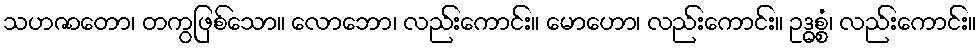
သဟဇာတော၊ တကွဖြစ်သော။ လောဘော၊ လည်းကောင်း။ မောဟော၊ လည်းကောင်း။ ဥဒ္ဓစ္စံ၊ လည်းကောင်း။